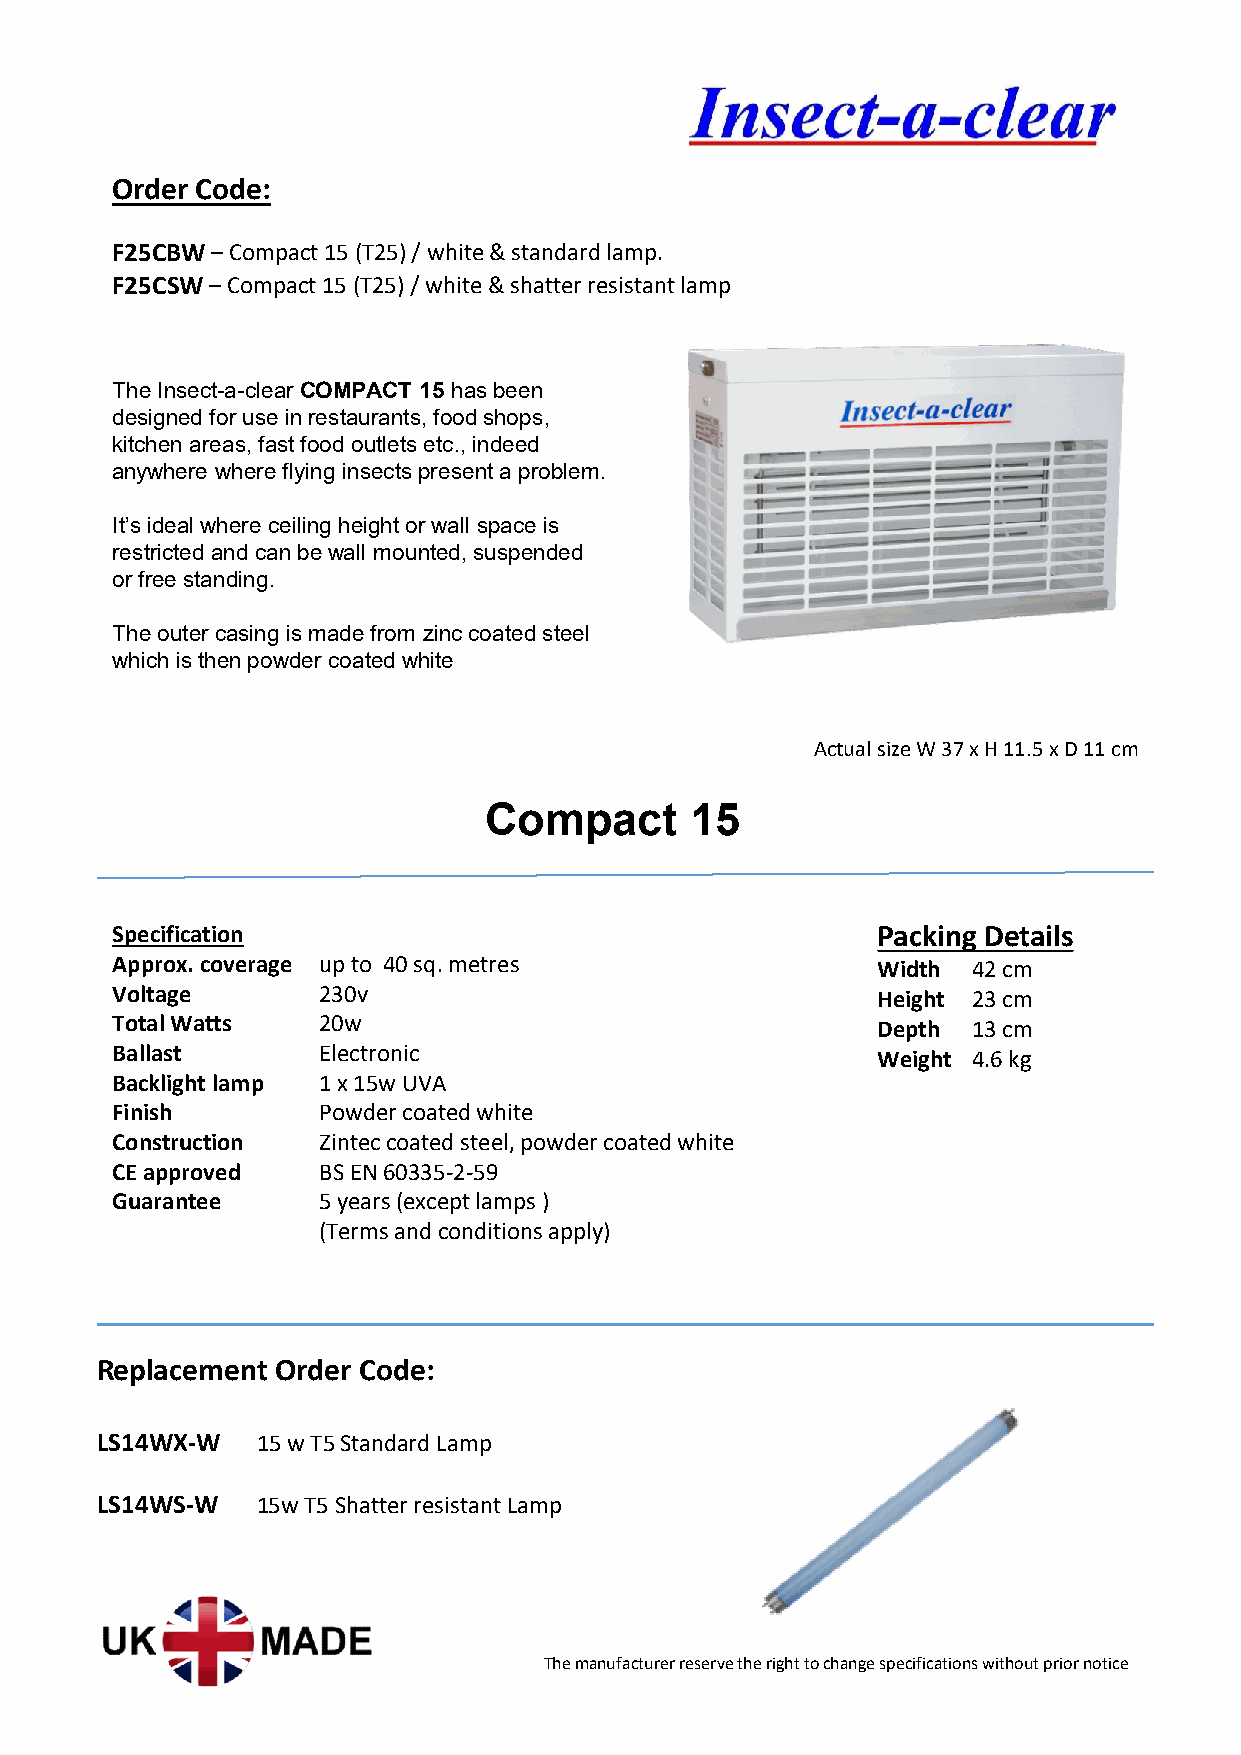
Order Code:
 F25CBW–Compact 15 (T25) / white & standard lamp.
 F25CSW–Compact 15 (T25) / white & shatter resistant lamp
 The Insect-a-clear COMPACT 15has been
 designed for use in restaurants, food shops,
 kitchen areas, fast food outlets etc., indeed
 anywhere where flying insects present a problem.
 It’s ideal where ceiling height or wall space is
 restricted and can be wall mounted, suspended
 or free standing.
 The outer casing is made from zinc coated steel
 which is then powder coated white
 Actual size W 37 x H 11.5 x D 11 cm
 Compact       15
 Specification                                      Packing Details
 Approx. coverage up to 40 sq. metres               Width 42 cm
 Voltage       230v                                 Height 23 cm
 Total Watts   20w                                  Depth 13 cm
 Ballast       Electronic                           Weight 4.6 kg
 Backlight lamp 1 x 15w UVA
 Finish        Powder coated white
 Construction  Zintec coated steel, powder coated white
 CE approved   BS EN 60335-2-59
 Guarantee     5 years (except lamps )
 (Terms and conditions apply)
 Replacement Order Code:
 LS14WX-W   15 w T5 Standard Lamp
 LS14WS-W   15w T5 Shatter resistant Lamp
 The manufacturer reserve the right to change specifications without prior notice